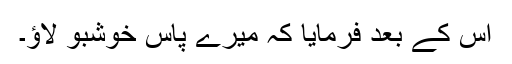
اس کے بعد فرمایا کہ میرے پاس خوشبو لاؤ۔